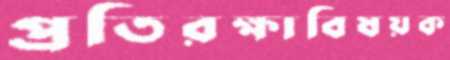
প্রতিরক্ষাবিষয়ক